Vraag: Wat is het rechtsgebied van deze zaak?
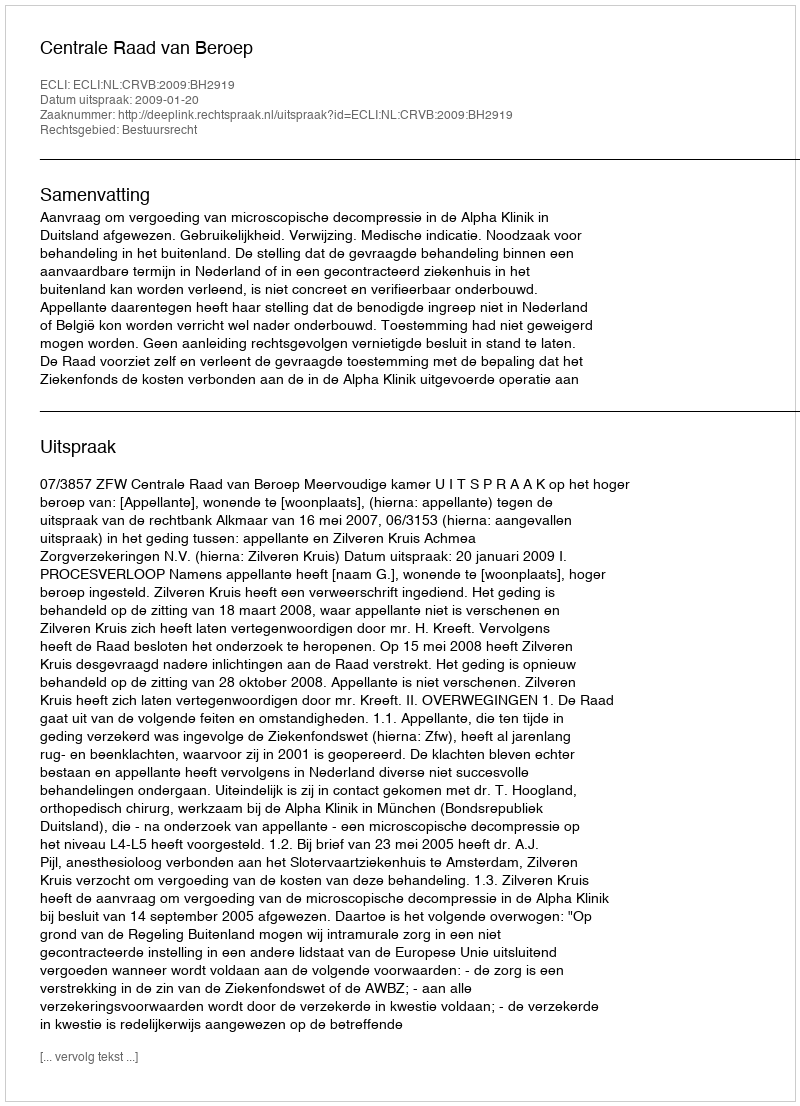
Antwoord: Bestuursrecht